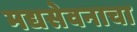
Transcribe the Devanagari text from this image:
मद्यसेवनाचा